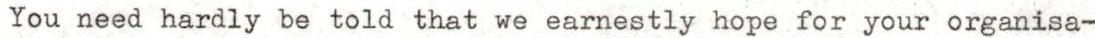
You need hardly be told that we earnestly hope for your organisa-